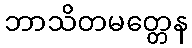
ဘာသိတမတ္တေန